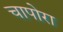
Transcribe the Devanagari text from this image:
चापोरा